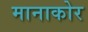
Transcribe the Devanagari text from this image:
मानाकोर